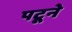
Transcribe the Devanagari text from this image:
पटूने